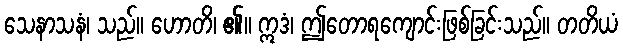
သေနာသနံ၊ သည်။ ဟောတိ၊ ၏။ ဣဒံ၊ ဤတောရကျောင်းဖြစ်ခြင်းသည်။ တတိယံ